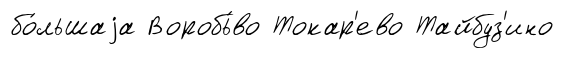
бо́льшаjа Воробь́во Токар'ево Тайбуз'ино